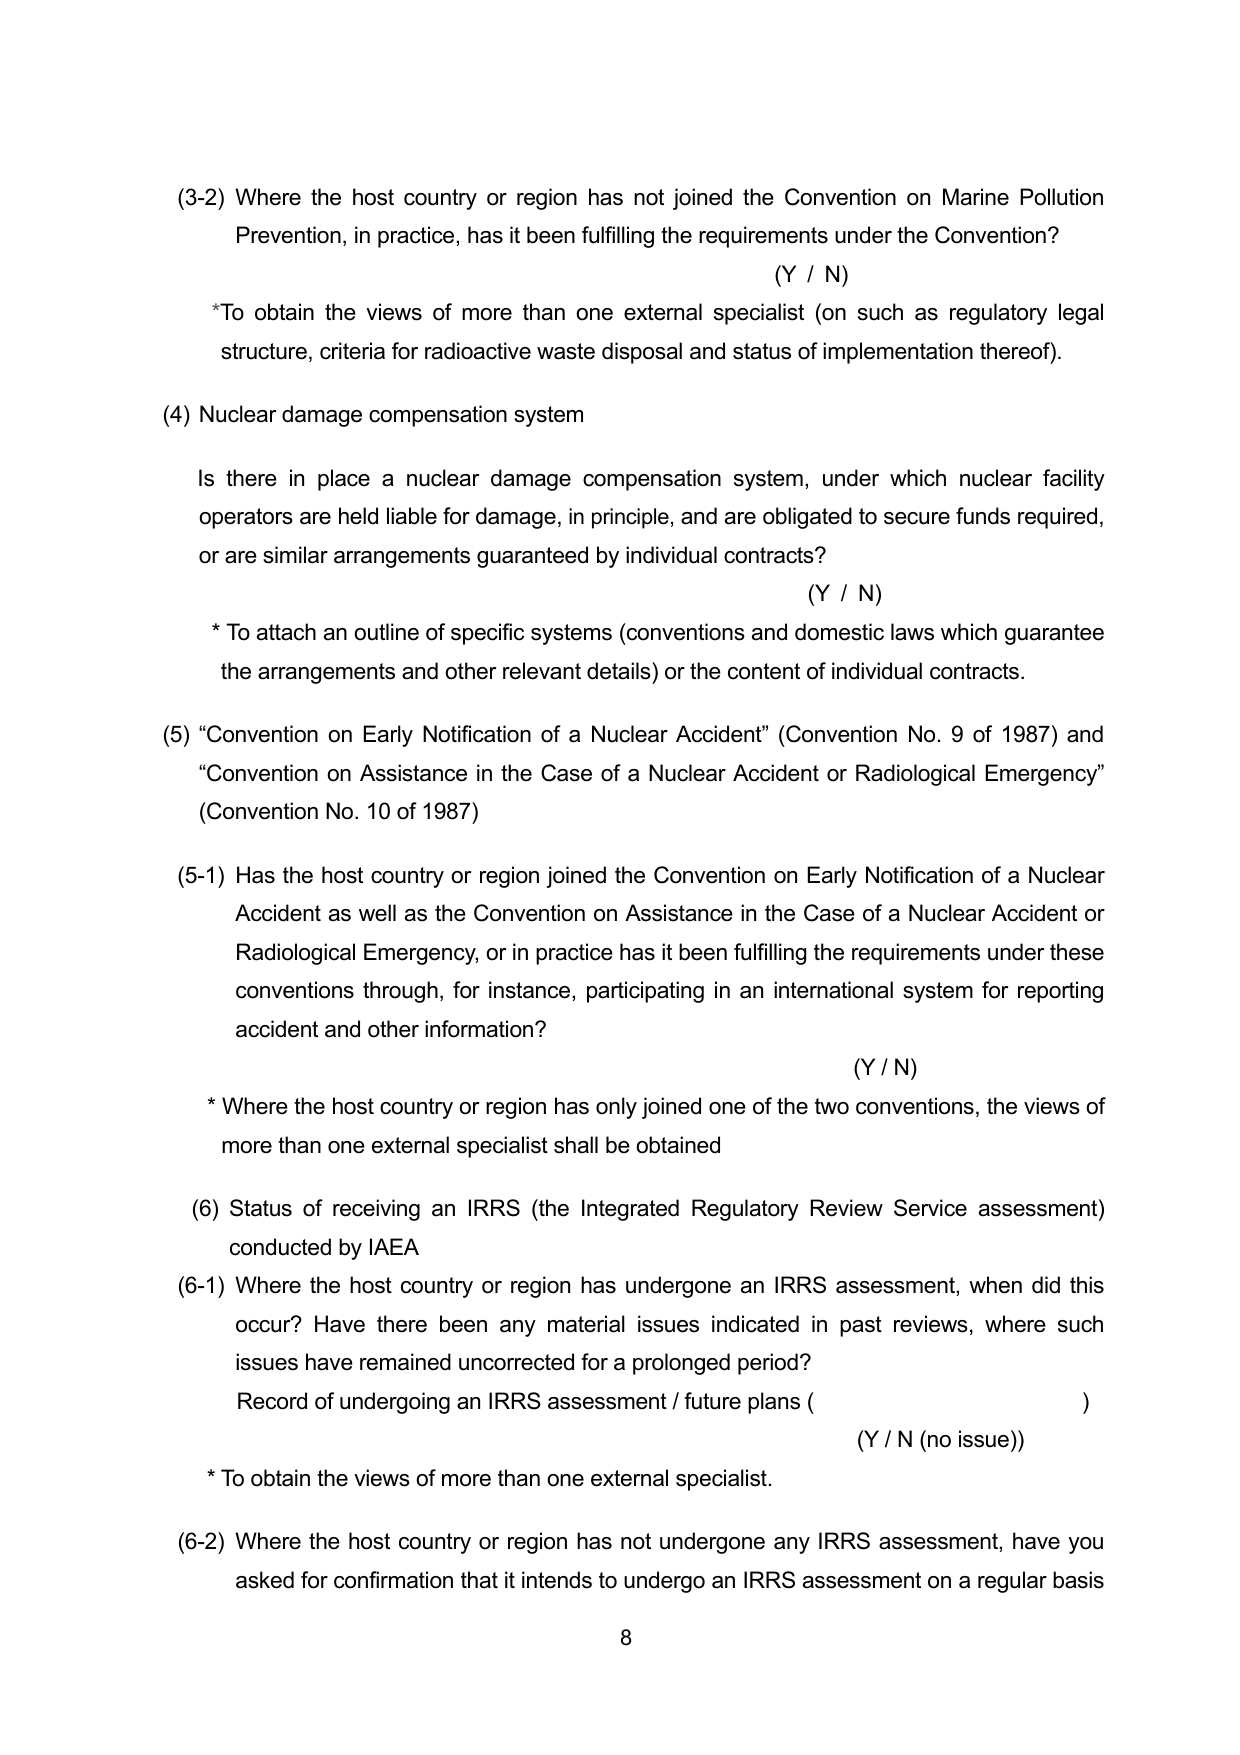
(3-2) Where the host country or region has not joined the Convention on Marine Pollution Prevention, in practice, has it been fulfilling the requirements under the Convention?
(Y / N)
*To obtain the views of more than one external specialist (on such as regulatory legal structure, criteria for radioactive waste disposal and status of implementation thereof).

(4) Nuclear damage compensation system
Is there in place a nuclear damage compensation system, under which nuclear facility operators are held liable for damage, in principle, and are obligated to secure funds required, or are similar arrangements guaranteed by individual contracts?
(Y / N)
* To attach an outline of specific systems (conventions and domestic laws which guarantee the arrangements and other relevant details) or the content of individual contracts.

(5) “Convention on Early Notification of a Nuclear Accident” (Convention No. 9 of 1987) and “Convention on Assistance in the Case of a Nuclear Accident or Radiological Emergency” (Convention No. 10 of 1987)

(5-1) Has the host country or region joined the Convention on Early Notification of a Nuclear Accident as well as the Convention on Assistance in the Case of a Nuclear Accident or Radiological Emergency, or in practice has it been fulfilling the requirements under these conventions through, for instance, participating in an international system for reporting accident and other information?
(Y / N)
* Where the host country or region has only joined one of the two conventions, the views of more than one external specialist shall be obtained

(6) Status of receiving an IRRS (the Integrated Regulatory Review Service assessment) conducted by IAEA
(6-1) Where the host country or region has undergone an IRRS assessment, when did this occur? Have there been any material issues indicated in past reviews, where such issues have remained uncorrected for a prolonged period?
Record of undergoing an IRRS assessment / future plans ( )
(Y / N (no issue))
* To obtain the views of more than one external specialist.

(6-2) Where the host country or region has not undergone any IRRS assessment, have you asked for confirmation that it intends to undergo an IRRS assessment on a regular basis
8